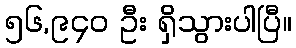
၅၆,၉၄၀ ဦး ရှိသွားပါပြီ။